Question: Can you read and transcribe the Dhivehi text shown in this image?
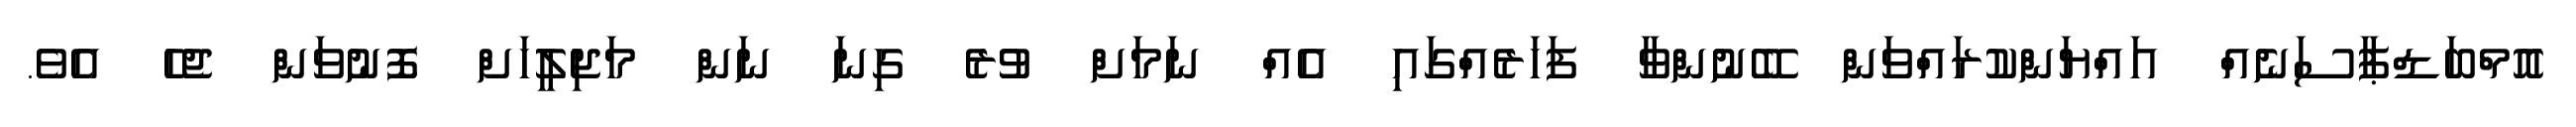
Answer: އޮމްބަޑްޕާސަނެއް އައްޔަންކުރައްވަން ބޭނުންވާ ފަހަރެއްގައި އެއް ނަމަށް ވުރެ ގިނަ ނަން މަޖިލީހަށް ފޮނުވަން ޖެހެ އެވެ.